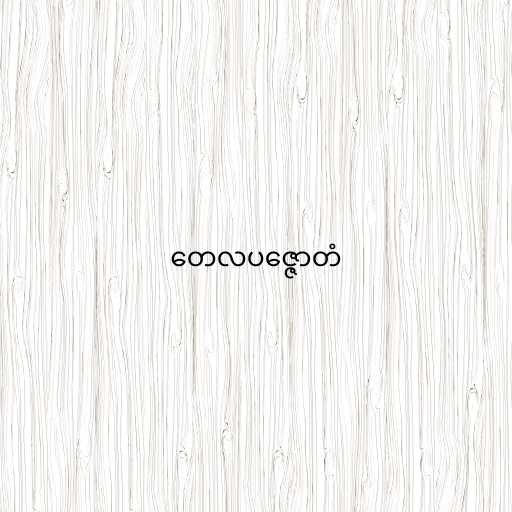
တေလပဇ္ဇောတံ